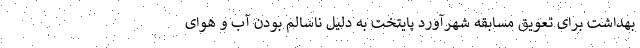
بهداشت برای تعویق مسابقه شهرآورد پایتخت به دلیل ناسالم بودن آب و هوای